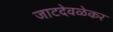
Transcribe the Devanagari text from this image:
जाटदेवळेकर